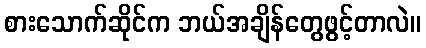
စားသောက်ဆိုင်က ဘယ်အချိန်တွေဖွင့်တာလဲ။